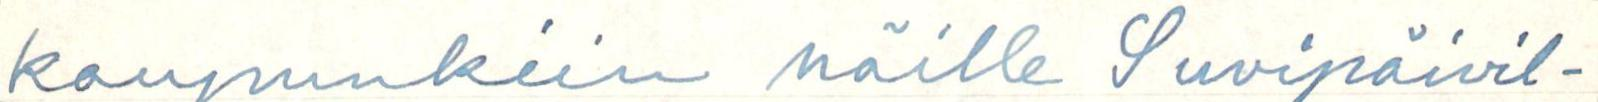
kaupunkiin näille Suvipäivil-